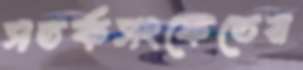
সতর্কসংকেতের